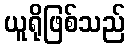
ယူရိုဖြစ်သည်